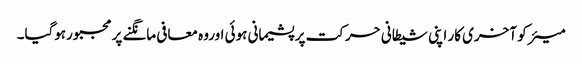
میئر کو آخری کار اپنی شیطانی حرکت پر پشیمانی ہوئی اوروہ معافی مانگنے پر مجبورہوگیا۔